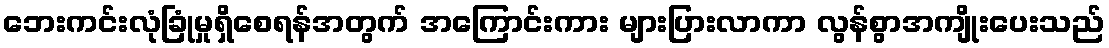
ဘေးကင်းလုံခြုံမှုရှိစေရန်အတွက် အကြောင်းကား များပြားလာကာ လွန်စွာအကျိုးပေးသည်